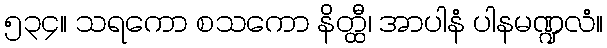
၅၃၄။ သရကော စသကော နိတ္ထီ၊ အာပါနံ ပါနမဏ္ဍလံ။